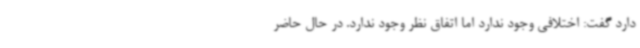
دارد گفت: اختلافی وجود ندارد اما اتفاق نظر وجود ندارد. در حال حاضر